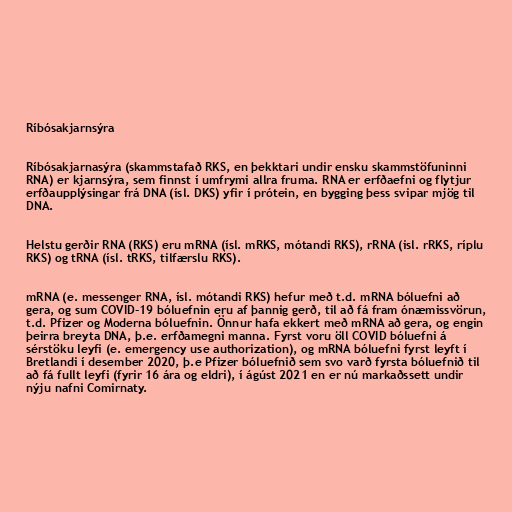
Ríbósakjarnsýra

Ríbósakjarnasýra (skammstafað RKS, en þekktari undir ensku skammstöfuninni
RNA) er kjarnsýra, sem finnst í umfrymi allra fruma. RNA er erfðaefni og flytjur
erfðaupplýsingar frá DNA (ísl. DKS) yfir í prótein, en bygging þess svipar mjög til
DNA.

Helstu gerðir RNA (RKS) eru mRNA (ísl. mRKS, mótandi RKS), rRNA (isl. rRKS, ríplu
RKS) og tRNA (ísl. tRKS, tilfærslu RKS).

mRNA (e. messenger RNA, ísl. mótandi RKS) hefur með t.d. mRNA bóluefni að
gera, og sum COVID-19 bóluefnin eru af þannig gerð, til að fá fram ónæmissvörun,
t.d. Pfizer og Moderna bóluefnin. Önnur hafa ekkert með mRNA að gera, og engin
þeirra breyta DNA, þ.e. erfðamegni manna. Fyrst voru öll COVID bóluefni á
sérstöku leyfi (e. emergency use authorization), og mRNA bóluefni fyrst leyft í
Bretlandi í desember 2020, þ.e Pfizer bóluefnið sem svo varð fyrsta bóluefnið til
að fá fullt leyfi (fyrir 16 ára og eldri), í ágúst 2021 en er nú markaðssett undir
nýju nafni Comirnaty.